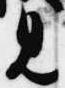
見